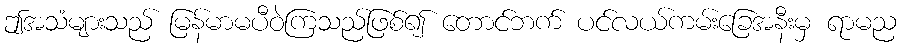
ဤအသံများသည် မြန်မာမပီဝဲကြသည်ဖြစ်၍ တောင်ဘက် ပင်လယ်ကမ်းခြေအနီးမှ ရာမည